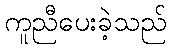
ကူညီပေးခဲ့သည်